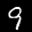
Label: 9